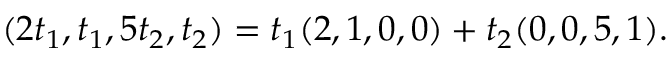
( 2 t _ { 1 } , t _ { 1 } , 5 t _ { 2 } , t _ { 2 } ) = t _ { 1 } ( 2 , 1 , 0 , 0 ) + t _ { 2 } ( 0 , 0 , 5 , 1 ) .